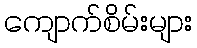
ကျောက်စိမ်းများ